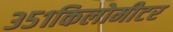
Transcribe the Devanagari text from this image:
३५१किलोमीटर